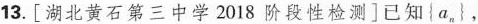
13.[湖北黄石第三中学2018阶段性检测]已知{a_{n}}，